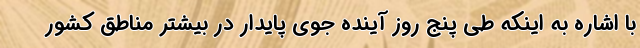
با اشاره به اینکه طی پنج روز آینده جوی پایدار در بیشتر مناطق کشور